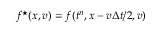
f ^ { \star } ( x , v ) = f ( t ^ { n } , x - v \Delta t / 2 , v )